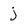
Character: j